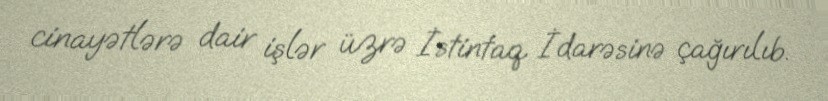
cinayətlərə dair işlər üzrə İstintaq İdarəsinə çağırılıb.